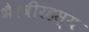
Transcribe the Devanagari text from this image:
भैरवीरहस्य